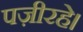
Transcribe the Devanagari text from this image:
पज़ीरहे।